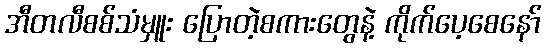
အီတလီစစ်သံမှူး ပြောတဲ့စကားတွေနဲ့ ကိုက်ပေ့စေနော်